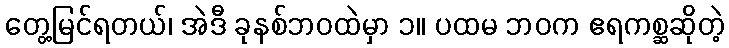
တွေ့မြင်ရတယ်၊ အဲဒီ ခုနစ်ဘဝထဲမှာ ၁။ ပထမ ဘဝက ဧရကစ္ဆဆိုတဲ့